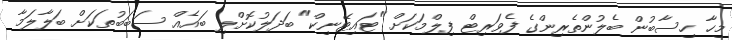
މިހާ ހިސާބުން ބެލުންތެރިންގެ ފެވަރިޓް ފިލްމަކަށް "ޓައިޓޭނިކް" ބަދަލުކޮށްލި ބައެއް ސަބަބުތަކަށް ބަލާލަމާ